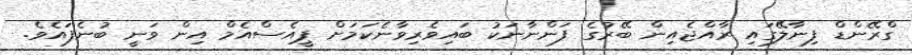
ގްރޭންޑް ފިނާލޭގައި ރާއްޖެއިން ބޭރުގެ ފަންނާނަކު ބައިވެރިވާނެކަމަށް ޕީއެސްއެމް އިން ވަނީ ބުނެފައެވެ.